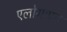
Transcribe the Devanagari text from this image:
एलोग्राफ्ट